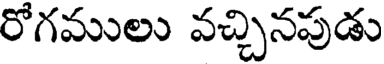
రోగములు వచ్చినపుడు